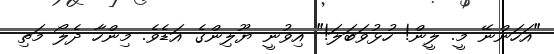
"އަހަންނޭ މީ. ލީން! ހުޅުވަބަލަ!" އިވުނީ ޔޫލިންގެ އަޑެވެ. މިންހާ ދެލޯ މަތި